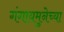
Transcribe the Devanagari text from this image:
गंगायमुनेच्या